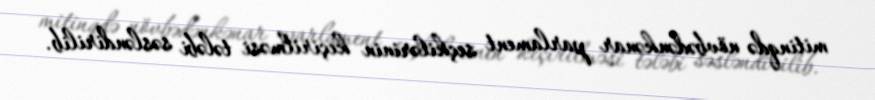
mitinqdə növbədənkənar parlament seçkilərinin keçirilməsi tələbi səsləndirilib.